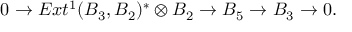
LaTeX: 0 \to E x t ^ { 1 } ( B _ { 3 } , B _ { 2 } ) ^ { * } \otimes B _ { 2 } \to B _ { 5 } \to B _ { 3 } \to 0 .